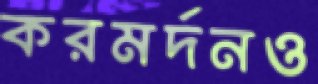
করমর্দনও